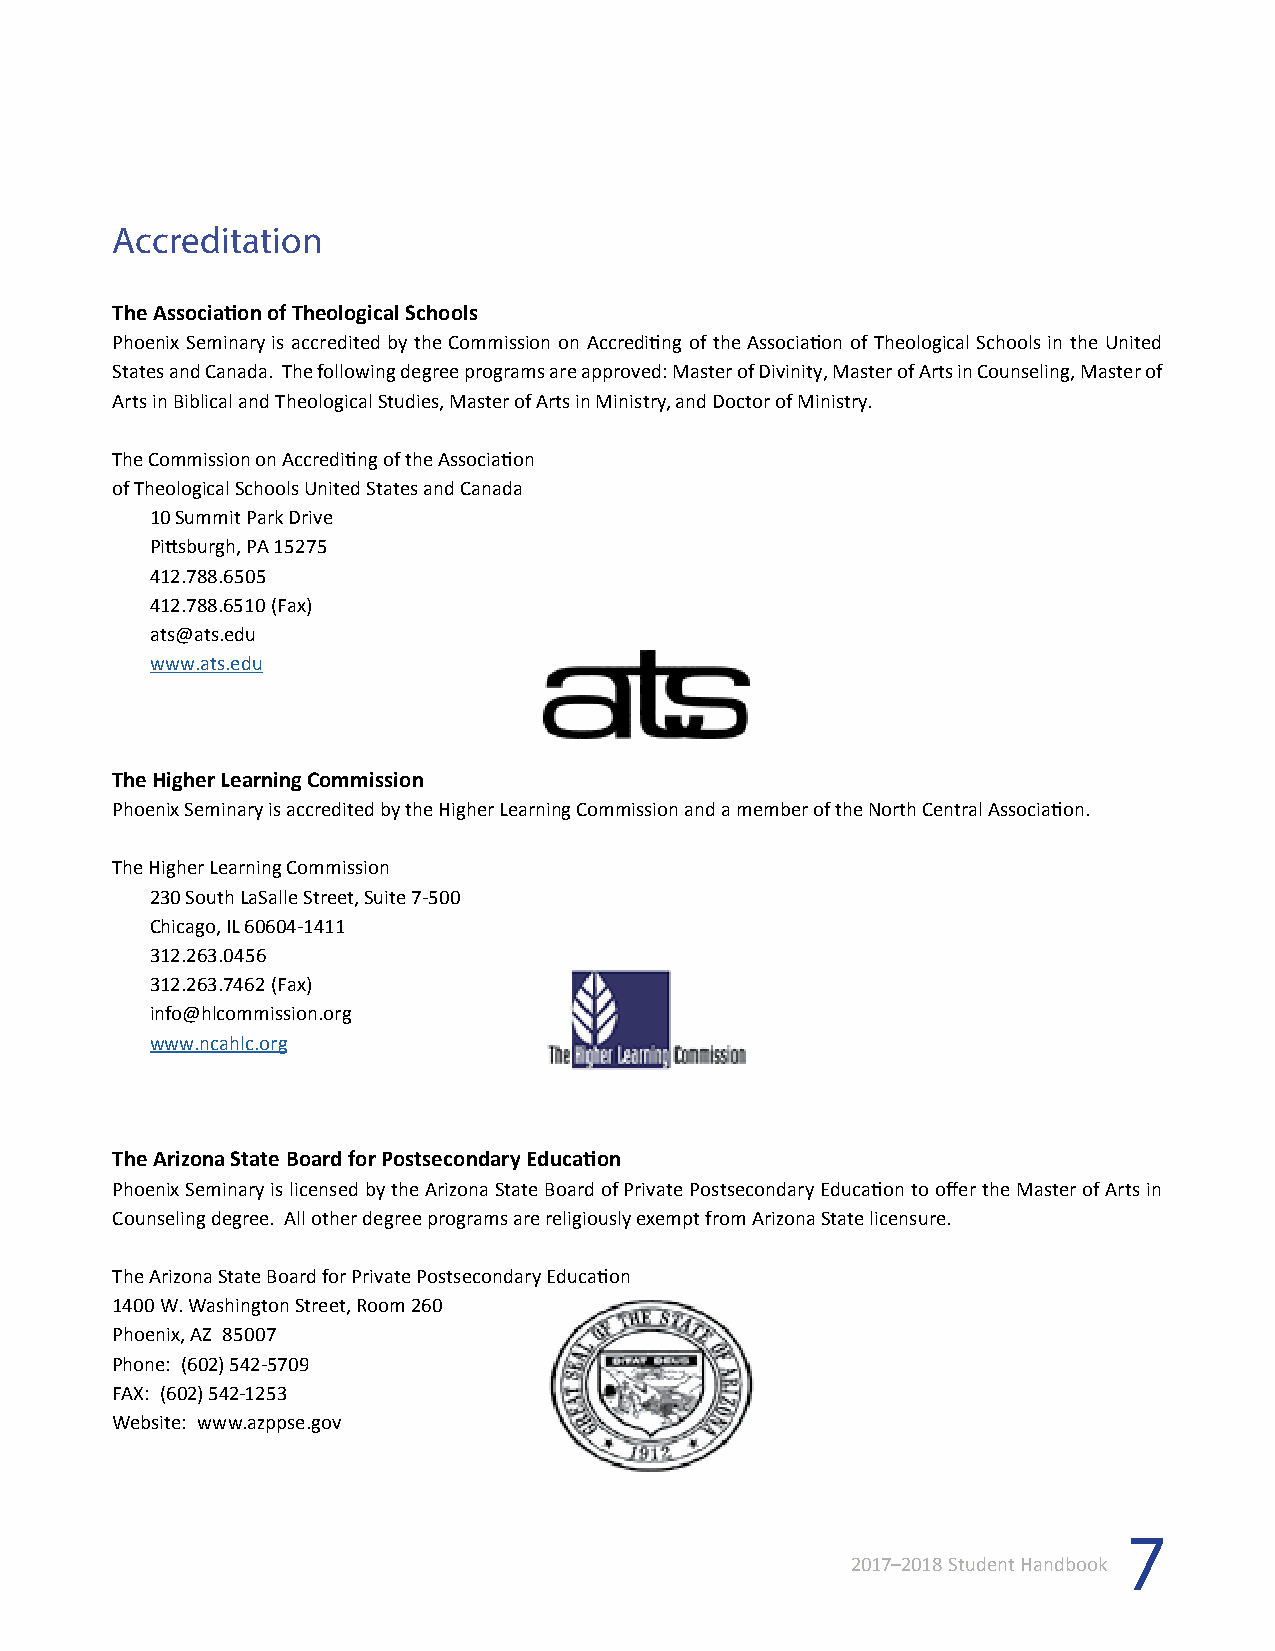
Accreditation
 The Association of Theological Schools
 Phoenix Seminary is accredited by the Commission on Accrediting of the Association of Theological Schools in the United
 States and Canada. The following degree programs are approved: Master of Divinity, Master of Arts in Counseling, Master of
 Arts in Biblical and Theological Studies, Master of Arts in Ministry, and Doctor of Ministry.
 The Commission on Accrediting of the Association
 of Theological Schools United States and Canada
 10 Summit Park Drive
 Pittsburgh, PA 15275
 412.788.6505
 412.788.6510 (Fax)
 ats@ats.edu
 www.ats.edu
 The Higher Learning Commission
 Phoenix Seminary is accredited by the Higher Learning Commission and a member of the North Central Association.
 The Higher Learning Commission
 230 South LaSalle Street, Suite 7-500
 Chicago, IL 60604-1411
 312.263.0456
 312.263.7462 (Fax)
 info@hlcommission.org
 www.ncahlc.org
 The Arizona State Board for Postsecondary Education
 Phoenix Seminary is licensed by the Arizona State Board of Private Postsecondary Education to offer the Master of Arts in
 Counseling degree. All other degree programs are religiously exempt from Arizona State licensure.
 The Arizona State Board for Private Postsecondary Education
 1400 W. Washington Street, Room 260
 Phoenix, AZ 85007
 Phone: (602) 542-5709
 FAX: (602) 542-1253
 Website: www.azppse.gov
 7
 2017–2018 Student Handbook